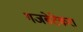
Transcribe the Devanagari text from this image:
गजबेटेकरा